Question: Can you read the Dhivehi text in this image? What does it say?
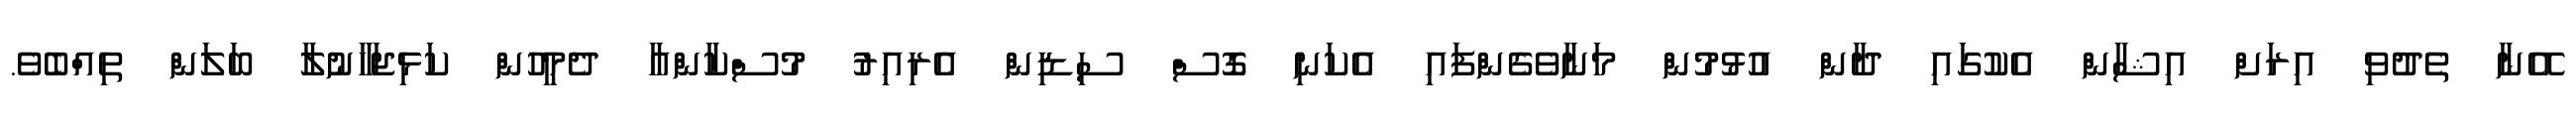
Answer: އޭނާ ތެދުވި އިރަށް އިޝާން އެކުގައި ދާން އުޅުމުން މަނާވެގެންފައި އެކަނި ގޮސް ސިޑިން އެރިއިރު މުސްކާންއާ ދެމީހުން ކަޅިޖަހާނުލާ ބަލަން ތިއްބެވެ.